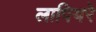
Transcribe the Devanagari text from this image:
लापियरे